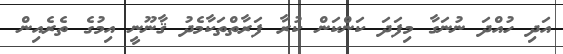
އަދި ހުއްދަ ނުނަގާ މިފަދަ ކަންކަން ކުރާ ފަރާތްތަކާމެދު ޤާނޫނީ އިމުގެ ތެރެއިން